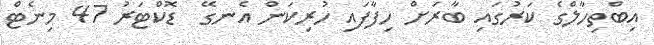
އިބްތިހާލްގެ ކަރުގައި ބާރަށް ހިފާފައި ހުރިކަން އެނގޭ  ޑޮކްޓަރު 47 މިނެޓް